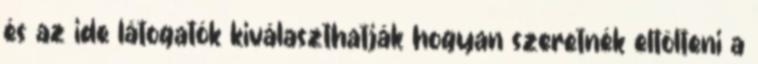
és az ide látogatók kiválaszthatják hogyan szeretnék eltölteni a